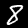
Label: 8